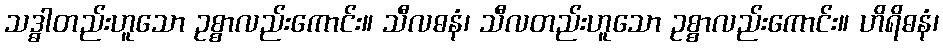
သဒ္ဓါတည်းဟူသော ဥစ္စာလည်းကောင်း။ သီလဓနံ၊ သီလတည်းဟူသော ဥစ္စာလည်းကောင်း။ ဟိရိဓနံ၊